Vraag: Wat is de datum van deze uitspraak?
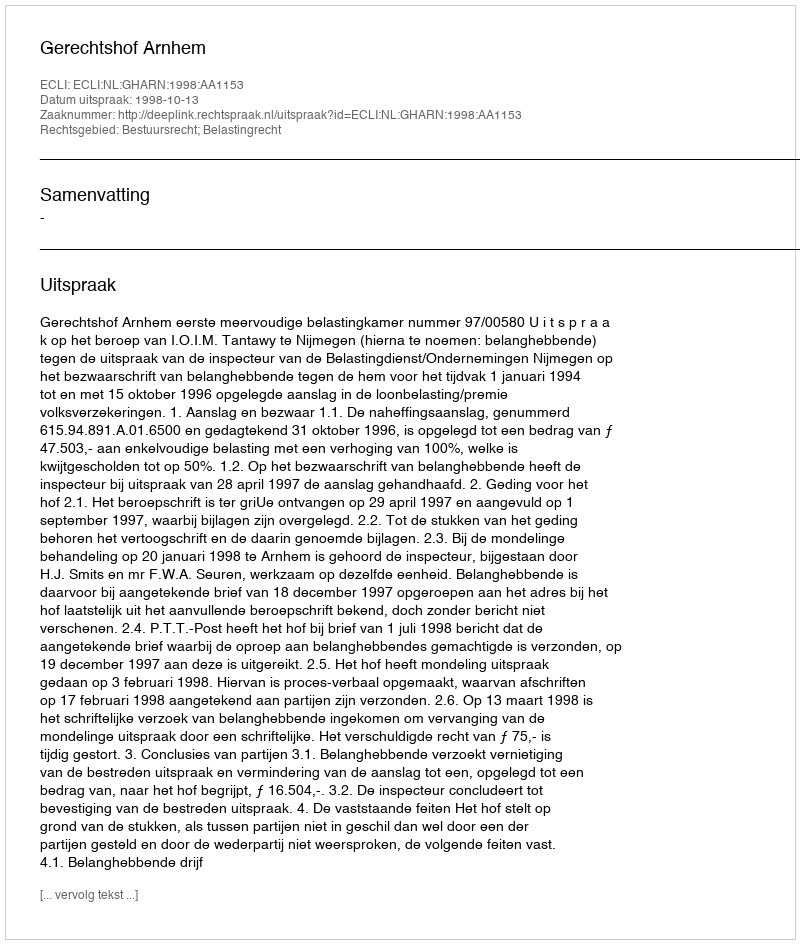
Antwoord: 1998-10-13